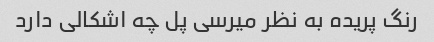
رنگ پریده به نظر میرسی پل چه اشکالی دارد